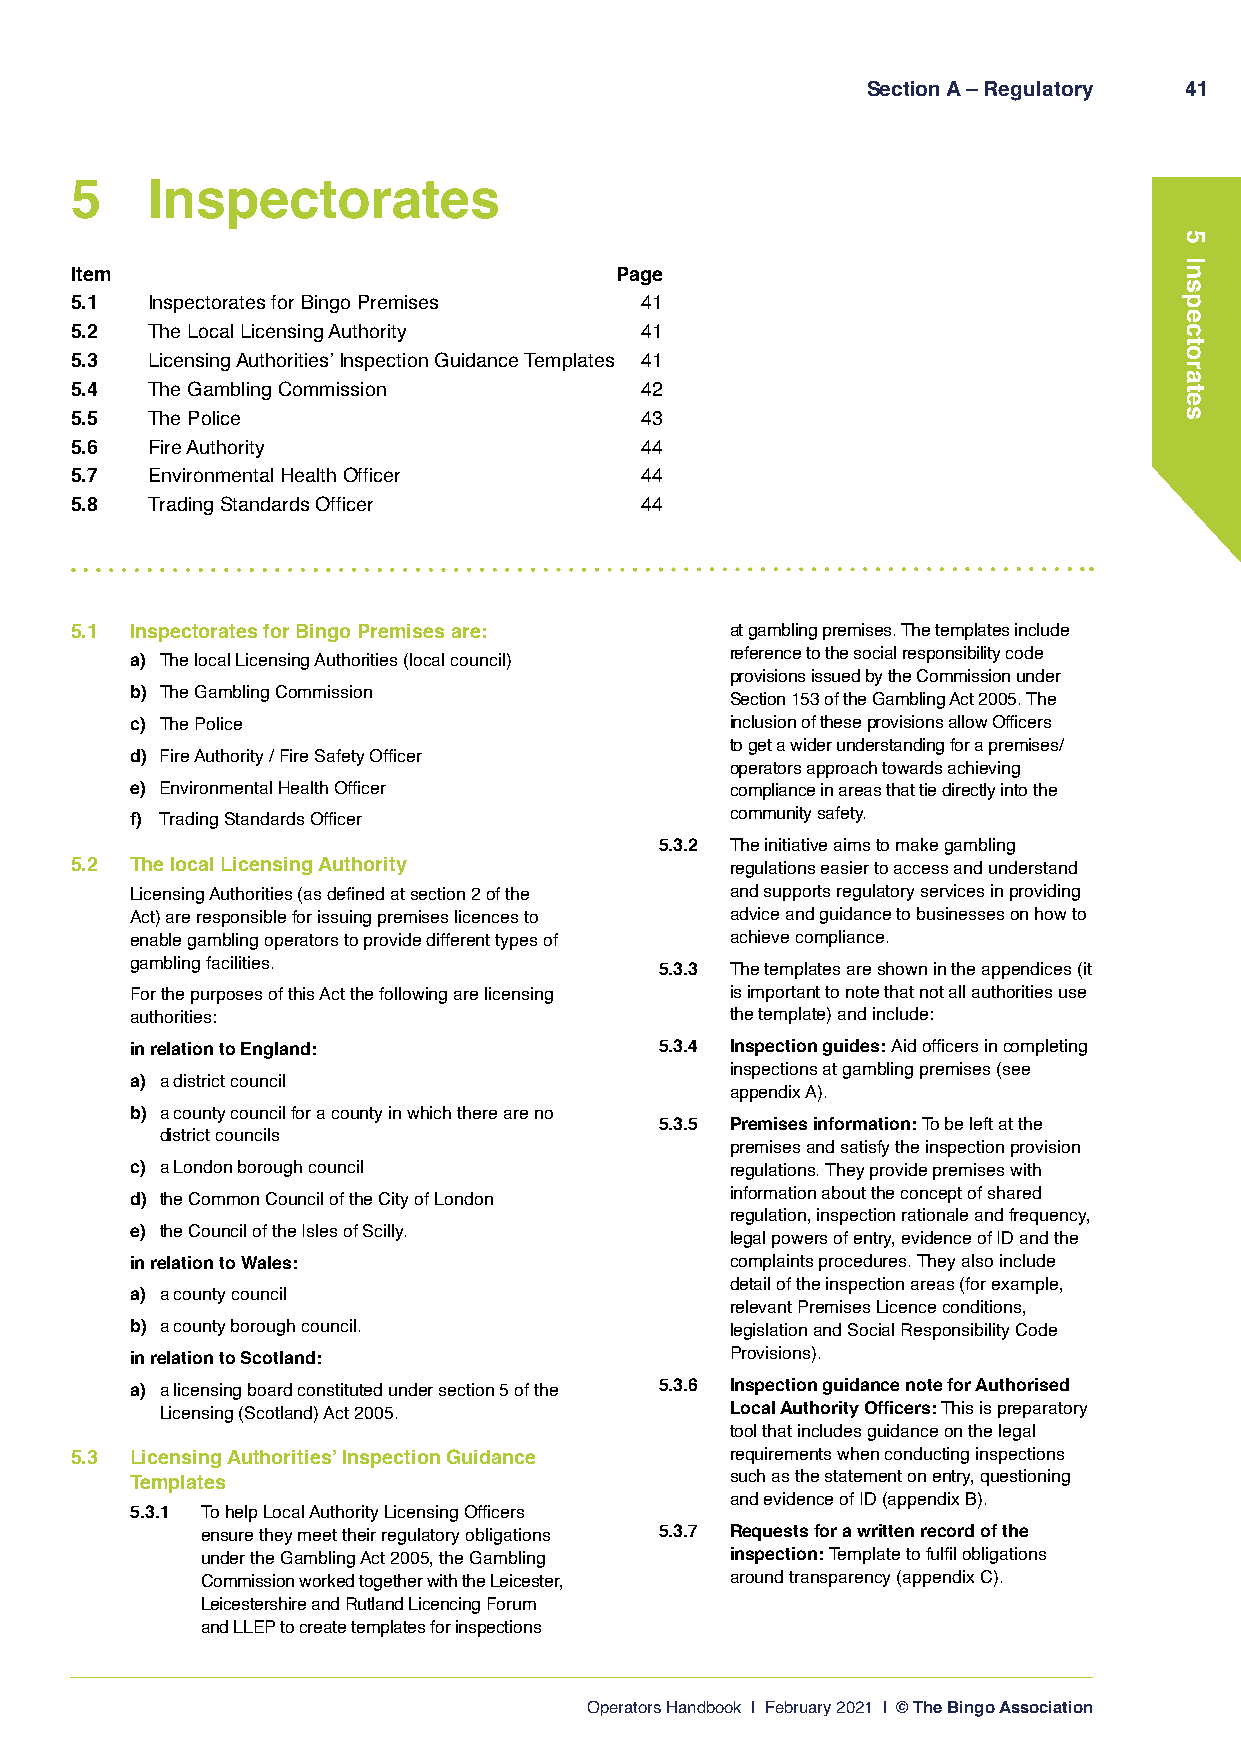
Section A – Regulatory 41
 5    Inspectorates
 Item                                Page
 5.1  Inspectorates for Bingo Premises 41
 5.2  The Local Licensing Authority   41
 5.3  Licensing Authorities’ Inspection Guidance Templates 41
 5.4  The Gambling Commission         42
 5.5  The Police                      43
 5.6  Fire Authority                  44
 5.7  Environmental Health Officer    44
 5.8  Trading Standards Officer       44
 5.1 Inspectorates for Bingo Premises are:  at gambling premises. The templates include
 reference to the social responsibility code
 a) The local Licensing Authorities (local council)
 provisions issued by the Commission under
 b) The Gambling Commission
 Section 153 of the Gambling Act 2005. The
 c) The Police                          inclusion of these provisions allow Officers
 to get a wider understanding for a premises/
 d) Fire Authority / Fire Safety Officer
 operators approach towards achieving
 e) Environmental Health Officer        compliance in areas that tie directly into the
 f) Trading Standards Officer           community safety.
 5.3.2 The initiative aims to make gambling
 5.2 The local Licensing Authority          regulations easier to access and understand
 Licensing Authorities (as defined at section 2 of the and supports regulatory services in providing
 Act) are responsible for issuing premises licences to advice and guidance to businesses on how to
 enable gambling operators to provide different types of achieve compliance.
 gambling facilities.               5.3.3 The templates are shown in the appendices (it
 For the purposes of this Act the following are licensing is important to note that not all authorities use
 authorities:                           the template) and include:
 in relation to England:            5.3.4 Inspection guides: Aid officers in completing
 inspections at gambling premises (see
 a) a district council
 appendix A).
 b) a county council for a county in which there are no
 5.3.5 Premises information: To be left at the
 district councils
 premises and satisfy the inspection provision
 c) a London borough council            regulations. They provide premises with
 information about the concept of shared
 d) the Common Council of the City of London
 regulation, inspection rationale and frequency,
 e) the Council of the Isles of Scilly.
 legal powers of entry, evidence of ID and the
 in relation to Wales:                  complaints procedures. They also include
 detail of the inspection areas (for example,
 a) a county council
 relevant Premises Licence conditions,
 b) a county borough council.           legislation and Social Responsibility Code
 in relation to Scotland:               Provisions).
 a) a licensing board constituted under section 5 of the 5.3.6 Inspection guidance note for Authorised
 Licensing (Scotland) Act 2005.       Local Authority Officers: This is preparatory
 tool that includes guidance on the legal
 5.3 Licensing Authorities’ Inspection Guidance requirements when conducting inspections
 Templates                              such as the statement on entry, questioning
 and evidence of ID (appendix B).
 5.3.1 To help Local Authority Licensing Officers
 ensure they meet their regulatory obligations 5.3.7 Requests for a written record of the
 under the Gambling Act 2005, the Gambling inspection: Template to fulfil obligations
 Commission worked together with the Leicester, around transparency (appendix C).
 Leicestershire and Rutland Licencing Forum
 and LLEP to create templates for inspections
 Operators Handbook | February 2021 | © The Bingo Association
 5
 Inspectorates